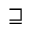
\sqsupseteq